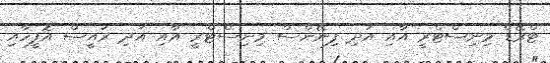
ޓްރޭޑް މިނިސްޓްރީ އާއި އަދި ފިނޭންސް މިނިސްޓްރީ އާއި އަދި ރައީސް އޮފީހާއި